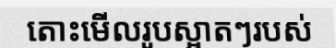
តោះមើលរូបស្អាតៗរបស់